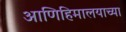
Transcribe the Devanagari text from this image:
आणिहिमालयाच्या